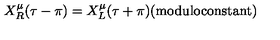
X _ { R } ^ { \mu } ( \tau - \pi ) = X _ { L } ^ { \mu } ( \tau + \pi ) \mathrm { ( m o d u l o c o n s t a n t ) }